画像に写った文字を読んでください
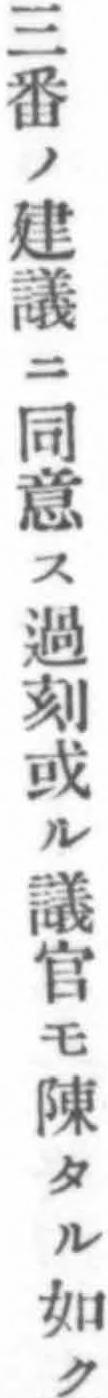
「三番ノ建議ニ同意ス過刻或ル議官モ陳タル如ク」と書いてあります